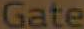
Gate